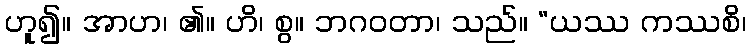
ဟူ၍။ အာဟ၊ ၏။ ဟိ၊ စွ။ ဘဂဝတာ၊ သည်။ “ယဿ ကဿစိ၊